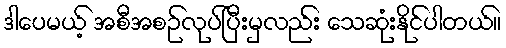
ဒါပေမယ့် အစီအစဉ်လုပ်ပြီးမှလည်း သေဆုံးနိုင်ပါတယ်။